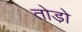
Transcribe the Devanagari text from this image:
तोडो़